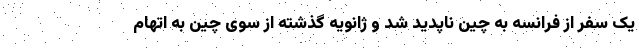
یک سفر از فرانسه به چین ناپدید شد و ژانویه گذشته از سوی چین به اتهام